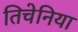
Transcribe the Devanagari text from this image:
तिचेनिया